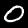
Digit: 0